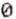
0